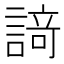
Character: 𮘩